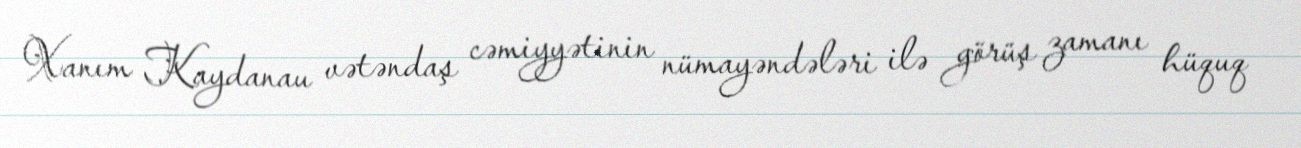
Xanım Kaydanau vətəndaş cəmiyyətinin nümayəndələri ilə görüş zamanı hüquq